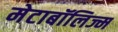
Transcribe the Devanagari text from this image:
मेटाबॉलिज्म